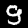
Digit: 9